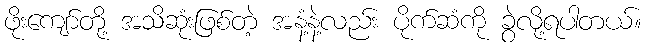
ဖိုးကျော်တို့ အသိဆုံးဖြစ်တဲ့ အနံ့နဲ့လည်း ပိုက်ဆံကို ခွဲလို့ရပါတယ်။